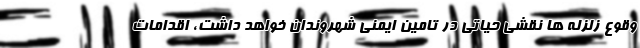
وقوع زلزله ها نقشی حیاتی در تامین ایمنی شهروندان خواهد داشت، اقدامات